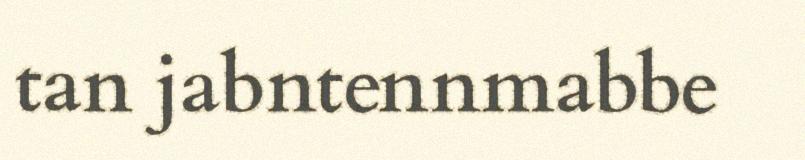
tan jabntennmabbe